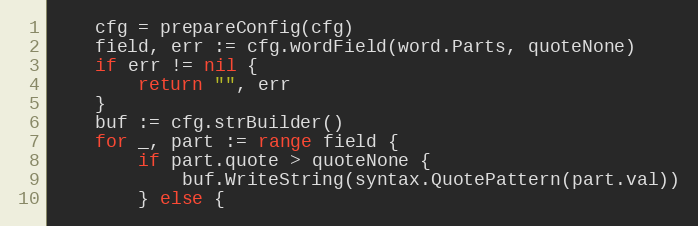
Language: Go
	cfg = prepareConfig(cfg)
	field, err := cfg.wordField(word.Parts, quoteNone)
	if err != nil {
		return "", err
	}
	buf := cfg.strBuilder()
	for _, part := range field {
		if part.quote > quoteNone {
			buf.WriteString(syntax.QuotePattern(part.val))
		} else {